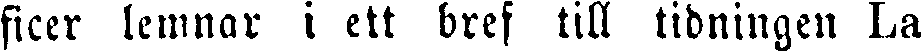
ficer lemnar i ett bref till tidningen La